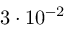
3 \cdot 1 0 ^ { - 2 }